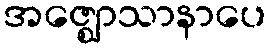
အဇ္ဈောသာနာပေ